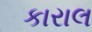
કારાલ